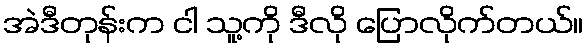
အဲဒီတုန်းက ငါ သူ့ကို ဒီလို ပြောလိုက်တယ်။